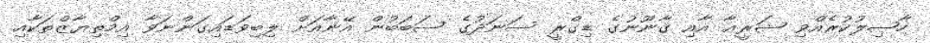
ހާޞިލުކުރެއްވި ޝަރީޢާ އާއި ޤާނޫނުގެ ޑިގްރީ ސަނަދުގެ ސަބަބުން އޭނާއަށް ލިބިވަޑައިގަންނަވާ އިމްތިޔާޒްތަކާއި